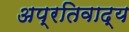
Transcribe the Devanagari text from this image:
अप्रतिवाद्य